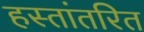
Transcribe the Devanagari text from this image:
हस्‍तांतरित